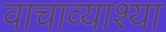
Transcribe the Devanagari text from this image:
वाचाव्याश्या